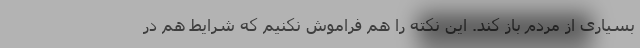
بسیاری از مردم باز کند. این نکته را هم فراموش نکنیم که شرایط هم در